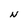
Character: N